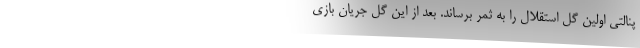
پنالتی اولین گل استقلال را به ثمر برساند. بعد از این گل جریان بازی